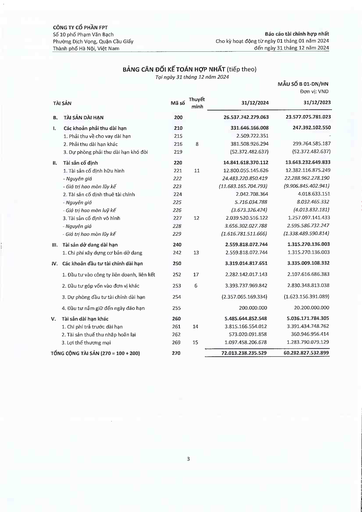
|TÀI SẢN|Mã số|Thuyết minh|31/12/2024|MẪU SỐ B 01-DN/HN Đơn vị: VND 31/12/2023| |---|---|---|---|---| |B. TÀI SẢN DÀI HẠN|200||26.537.742.279.063|23.577.075.781.023| |I. Các khoản phải thu dài hạn|210||331.646.166.008|247.392.102.550| |1. Phải thu về cho vay dài hạn|215||2.509.722.351|| |2. Phải thu dài hạn khác|216|8|381.508.926.294|299.764.585.187| |3. Dự phòng phải thu dài hạn khó đòi|219||(52.372.482.637)|(52.372.482.637)| |II. Tài sản cố định|220||14.841.618.370.112|13.643.232.649.833| |1. Tài sản cố định hữu hình|221|11|12.800.055.145.626|12.382.116.875.249| |Nguyên giá|222||24.483.220.850.419|22.288.962.278.190| |- Giá trị hao mòn lũy kế|223||(11.683.165.704.793)|(9.906.845.402.941)| |2. Tài sản cố định thuê tài chính|224||2.042.708.364|4.018.633.151| |- Nguyên giá|225||5.716.034.788|8.032.465.332| |Giá trị hao mòn lũy kế|226||(3.673.326.424)|(4.013.832.181)| |3. Tài sản cố định vô hình|227|12|2.039.520.516.122|1.257.097.141.433| |- Nguyên giá|228||3.656.302.027.788|2.595.586.732.247| |- Giá trị hao mòn lũy kế|229||(1.616.781.511.666)|(1.338.489.590.814)| |III. Tài sản dở dang dài hạn|240||2.559.818.072.744|1.315.270.136.003| |1. Chi phí xây dựng cơ bản dở dang|242|13|2.559.818.072.744|1.315.270.136.003| |IV. Các khoản đầu tư tài chính dài hạn|250||3.319.014.817.651|3.335.009.108.332| |1. Đầu tư vào công ty liên doanh, liên kết|252|17|2.282.142.017.143|2.107.616.686.383| |2. Đầu tư góp vốn vào đơn vị khác|253|6|3.393.737.969.842|2.830.348.813.038| |3. Dự phòng đầu tư tài chính dài hạn|254||(2.357.065.169.334)|(1.623.156.391.089)| |4. Đầu tư nắm giữ đến ngày đáo hạn|255||200.000.000|20.200.000.000| |V. Tài sản dài hạn khác|260||5.485.644.852.548|5.036.171.784.305| |1. Chi phí trả trước dài hạn|261|14|3.815.166.554.012|3.391.434.748.762| |2. Tài sản thuế thu nhập hoãn lại|262||573.020.091.858|360.946.956.414| |3. Lợi thế thương mại|269|15|1.097.458.206.678|1.283.790.079.129| |TỔNG CỘNG TÀI SẢN (270 = 100 + 200)|270||72.013.238.235.529|60.282.827.532.899|